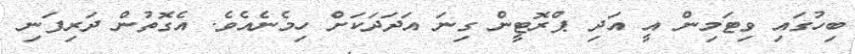
ބިހުގައި ވިޓަމިން އީ އަދި ޕްރޮޓީން ގިނަ އަދަދަކަށް ހިމެނެއެވެ. އެގޮތުން ދަރިފަނި